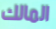
المالك